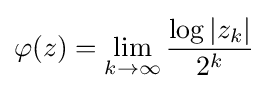
\varphi (z)=\lim _{k\to \infty }{\frac {\log |z_{k}|}{2^{k}}}